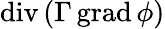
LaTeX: \operatorname{div}\left(\Gamma\operatorname{grad}\phi\right)